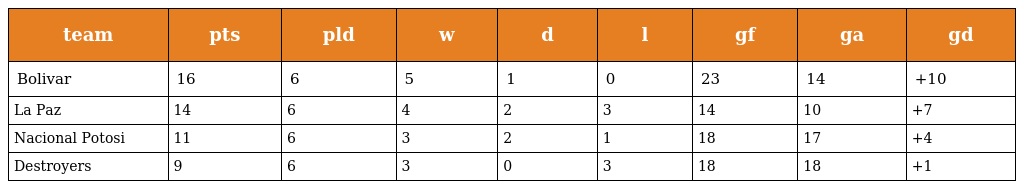
| team | pts | pld | w | d | l | gf | ga | gd |
 | --- | --- | --- | --- | --- | --- | --- | --- | --- |
 | Bolivar | 16 | 6 | 5 | 1 | 0 | 23 | 14 | +10 |
 | La Paz | 14 | 6 | 4 | 2 | 3 | 14 | 10 | +7 |
 | Nacional Potosi | 11 | 6 | 3 | 2 | 1 | 18 | 17 | +4 |
 | Destroyers | 9 | 6 | 3 | 0 | 3 | 18 | 18 | +1 |